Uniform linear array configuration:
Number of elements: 16
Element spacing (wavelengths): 0.5
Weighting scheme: hann
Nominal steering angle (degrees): -30
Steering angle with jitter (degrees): -29.614
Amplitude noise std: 0.05
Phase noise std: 0.05

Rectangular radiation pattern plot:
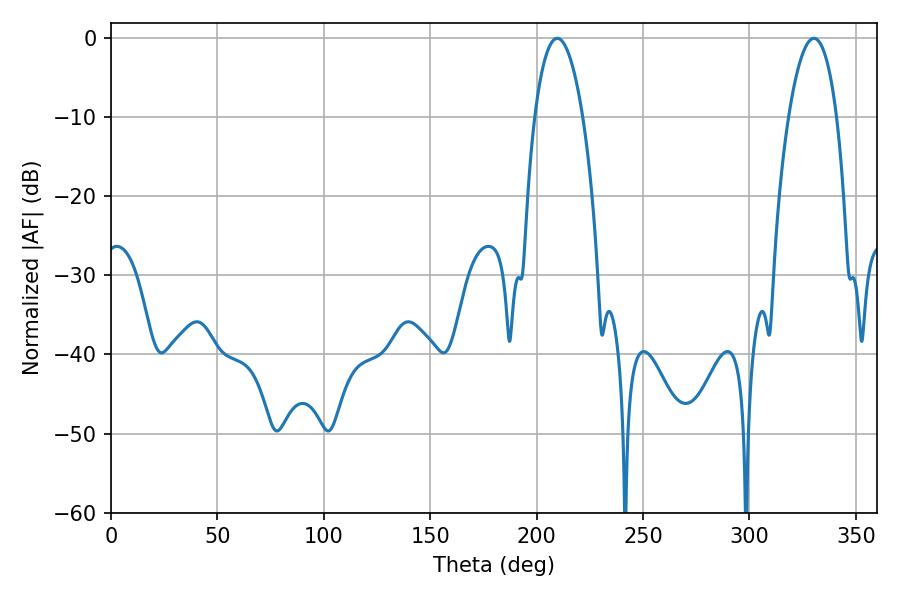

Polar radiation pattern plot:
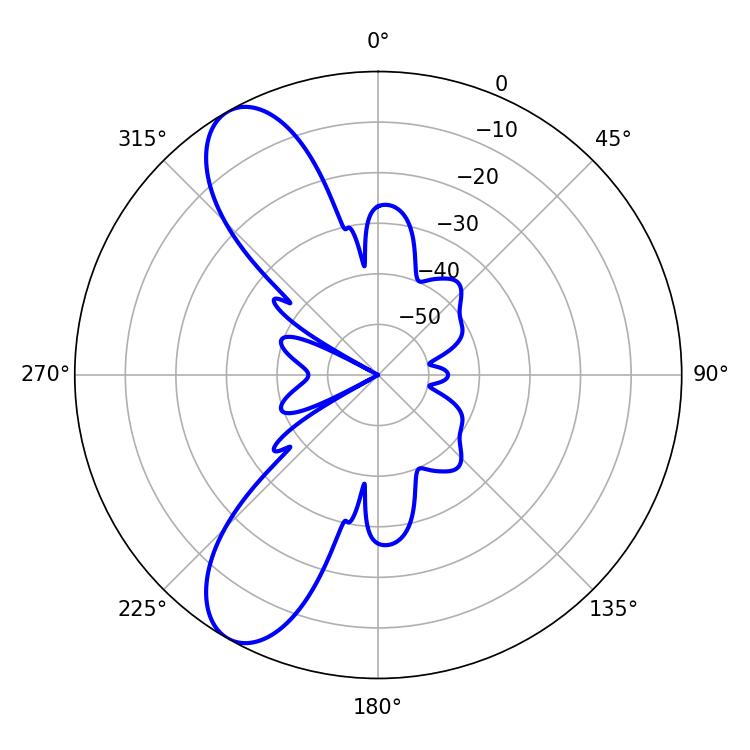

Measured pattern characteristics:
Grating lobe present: FALSE
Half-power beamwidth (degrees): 12.6
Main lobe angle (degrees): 330.3